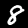
Label: 8